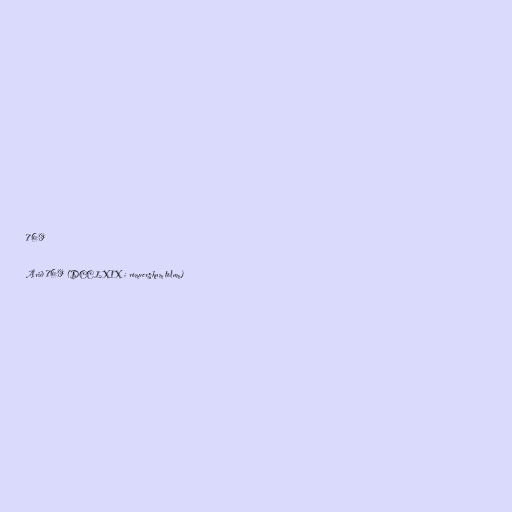
769

Árið 769 (DCCLXIX í rómverskum tölum)